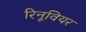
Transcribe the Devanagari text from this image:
रिनूवियर